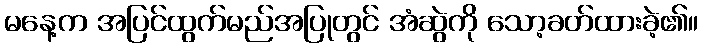
မနေ့က အပြင်ထွက်မည်အပြုတွင် အံဆွဲကို သော့ခတ်ထားခဲ့၏။